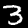
Digit: 3